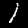
Label: 1